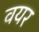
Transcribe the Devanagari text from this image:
वयर